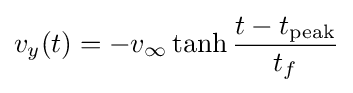
v_{y}(t)=-v_{\infty }\tanh {\frac {t-t_{\mathrm {peak} }}{t_{f}}}